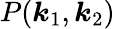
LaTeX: P(\boldsymbol{k}_{1},\boldsymbol{k}_{2})